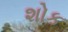
શોક